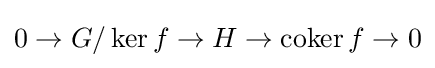
0\rightarrow G/\operatorname {ker} f\rightarrow H\rightarrow \operatorname {coker} f\rightarrow 0